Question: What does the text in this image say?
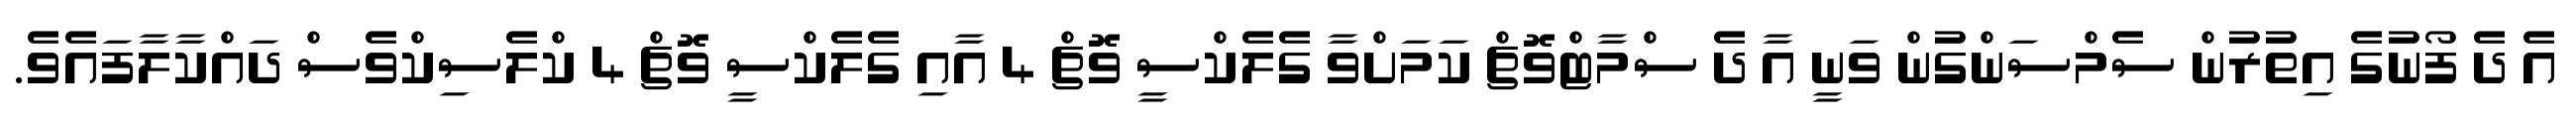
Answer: އެ ދެ ފޯނުގެ އިތުރުން ސެމްސަންގުން ވަނީ އާ ދެ ސްމާޓްވޮޗް ކަމަށްވާ ގެލެކްސީ ވޮޗް 4 އާއި ގެލެކްސީ ވޮޗް 4 ކްލެސިކްވެސް ދައްކާލާފައެވެ.